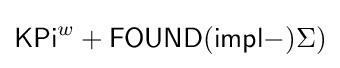
{\mathsf {KPi}}^{w}+{\mathsf {FOUND}}({\mathsf {impl-}})\Sigma )